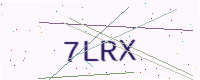
Text: 7LRX